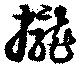
攏